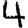
Digit: 4